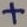
Text: +